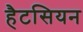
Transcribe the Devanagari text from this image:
हैटसियन